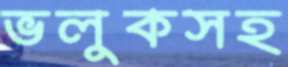
ভলুকসহ